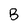
Character: B